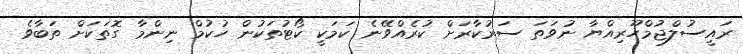
ރައީސުލްޖުމްހޫރިއްޔާ ނުވަތަ ސަރުކާރަށް ކުރެއްވޭނެ ކަމަކީ ކޯޓުތަކުން ހުކުމް ނިންމާ ގޮތަކަށް ތަބާވެ